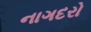
નાગદરો